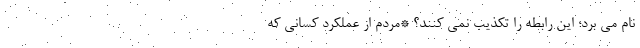
نام می برد؛ این رابطه را تکذیب نمی کنند؟ *مردم از عملکرد کسانی که